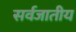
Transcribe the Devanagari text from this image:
सर्वजातीय